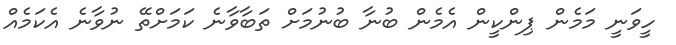
ހީވަނީ މަމެން ޕިންކީން އެމެން ބުނާ ބުނުމަށް ތަބާވާނެ ކަމަށްތޭ ނުވާނެ އެކަމެއް